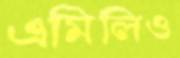
এমিলিও